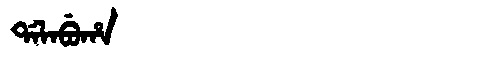
Manchu: ᡩᠠᠯᠠᠪᡠᡥᠠ
Romanization: DALABUHA